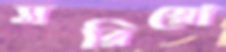
মরিয়ো